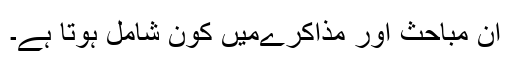
ان مباحث اور مذاکرےمیں کون شامل ہوتا ہے۔